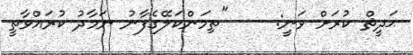
ޙަދީޘް ކުރަށް ވަނީ:     "ތިމަންކަލޭގެފާނު ނަމާދު ކުރައްވާތީ